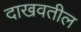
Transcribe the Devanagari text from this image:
दाखवतील